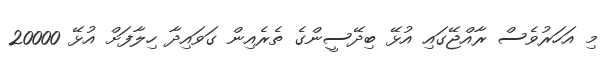
މި އަހަރުވެސް ރާއްޖޭގައި އުޅޭ ބިދޭސީންގެ ތެރެއިން ގަވައިދާ ހިލާފަށް އުޅޭ 20000